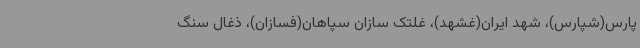
پارس(شپارس)، شهد ایران(غشهد)، غلتک سازان سپاهان(فسازان)، ذغال سنگ